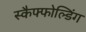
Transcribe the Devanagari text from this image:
स्कैफ्फोल्डिंग